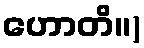
ဟောတိ။)